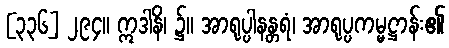
[၃၃၆] ၂၉၄။ ဣဒါနိ၊ ၌။ အာရုပ္ပါနန္တရံ၊ အာရုပ္ပကမ္မဋ္ဌာန်း၏